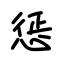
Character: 惩